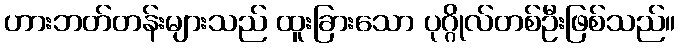
ဟားဘတ်တန်းများသည် ထူးခြားသော ပုဂ္ဂိုလ်တစ်ဦးဖြစ်သည်။